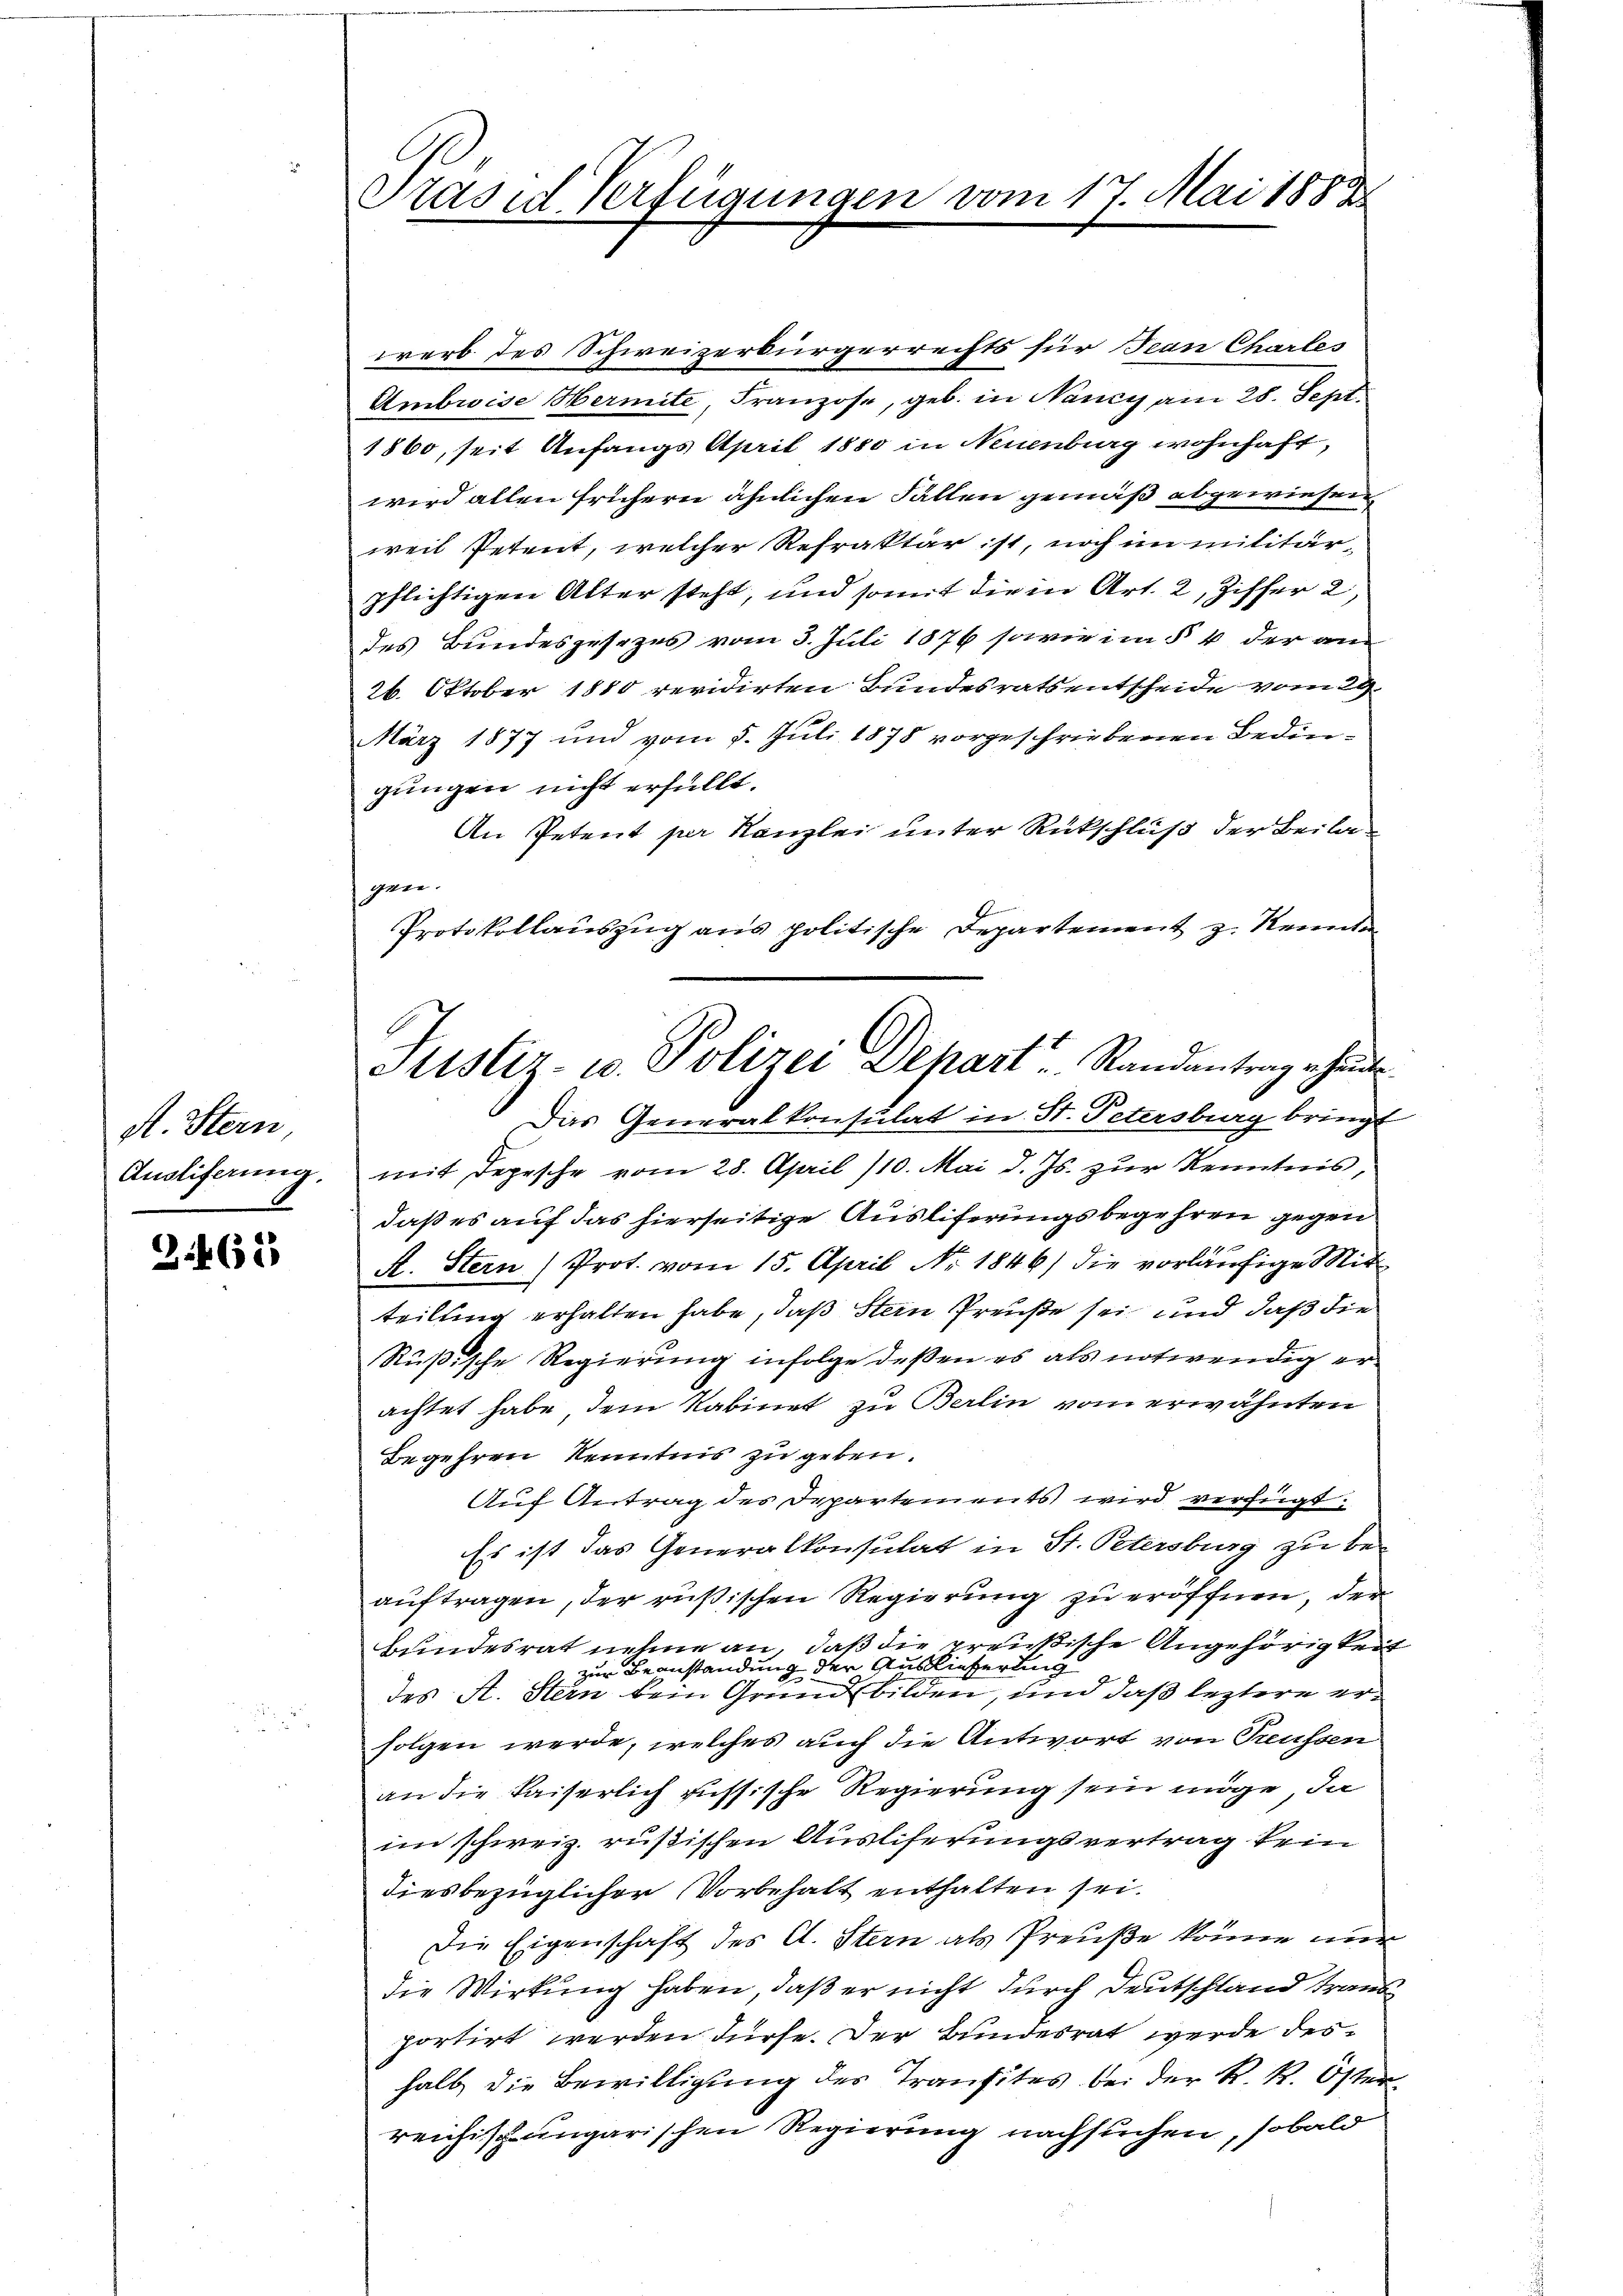
A. Stern
Ausliferung.

2.465

Präsid Verfügungen vom 17. Mai 1883

Justiz- u. Polizei Depart. Randantrag heute

werb des Schweizerbürgerrechts für Jean Charles
Ambwise Hermite, Franzose, geb. in Nancy am 28. Sept.
1860, seit Anfangs April 1880 in Neuenburg wohnhaft,
wird allen frühern ähnlichen Fallen gemäß abgewiesen
weil Petent, welcher Refraktär ist, noch im militär-
pflichtigen Alter steht, und somit die in Art. 2, Ziffer 2,
des Bundesgesezes vom 3. Juli 1876 sowie im § 4 der am
26. Oktober 1880 revidirten Bundesrats entscheide vom 23.
März 1877 und vom 5. Juli 1878 vorgeschriebenen Bedingungen nicht erfüllt.
An Petent per Kanzlei unter Rückschluß der Beilagere
Protokollaŭszŭg ans politische Departement z. Recenden
Das Generalkonsulat in St. Petersburg bringt
mit Depesche vom 28. April 110. Mai d. Js. zur Kenntnis,
daß es auf das hierseitige Ausliferungsbegehren gegen
A. Stern) Prot. vom 15. April Nr. 1846) die vorläufige Mitteilung erhalten habe, daß Stein Preuße sei und daß die
Rußische Regierung infolge deßen es als notwendig erachtet habe, dem Kabinet zu Berlin vom erwähnten
Begehren Kenntnis zu geben.
Auf Antrag des Departements wird verfügt:
Es ist das Generalkonsulat in St. Petersburg zu beauftragen, der rußischen Regierung zu eröffnen, der
Bundesrat nehme an, daß die preußische Angehörigkeit
zur Beanstandung der Auslieferung
des A. Stern kein Grund bilden, und daß leztere erfolgen werde, welches auch die Antwort von Treussen
an die Kaiserlich russische Regierung sein möge, da
im schweiz. rüßischen Ausliserungsvertrag kein
diesbezüglicher Vorbehalt enthalten sei.
Die Eigenschaft des C. Stern als Preuße könne nur
die Wirkung haben, daß er nicht durch Deutschland traus
portirt werden dürfe. Der Bundesrat werde deshalb die Bewilligung des Transites bei der R. R. Öster
reichischungarischen Regierung nachsuchen, sobald